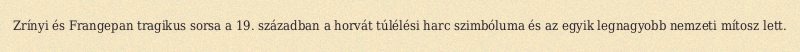
Zrínyi és Frangepan tragikus sorsa a 19. században a horvát túlélési harc szimbóluma és az egyik legnagyobb nemzeti mítosz lett.